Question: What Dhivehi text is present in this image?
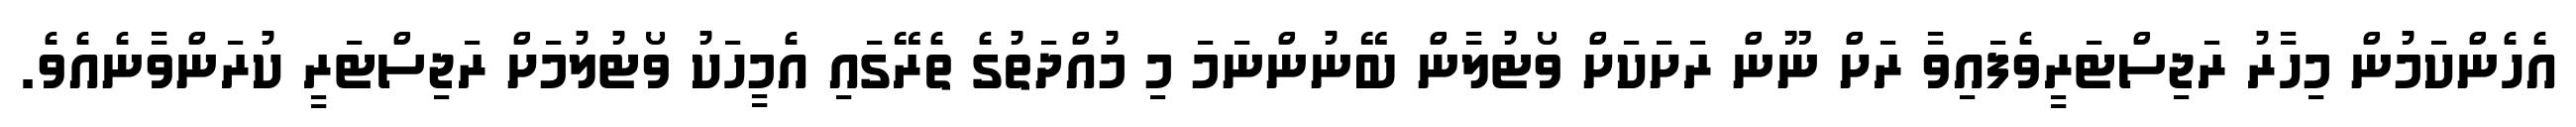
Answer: އެހެންކަމުން މިހާރު ރަޖިސްޓަރީވެފައިވާ ރަށް ނޫން ރަށަކަށް ވޯޓުލާން ބޭނުންނަމަ މި މުއްދަތުގެ ތެރޭގައި އެމީހަކު ވޯޓުލުމަށް ރަޖިސްޓަރީ ކުރަންވާނެއެވެ.